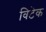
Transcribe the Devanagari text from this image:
विटेक